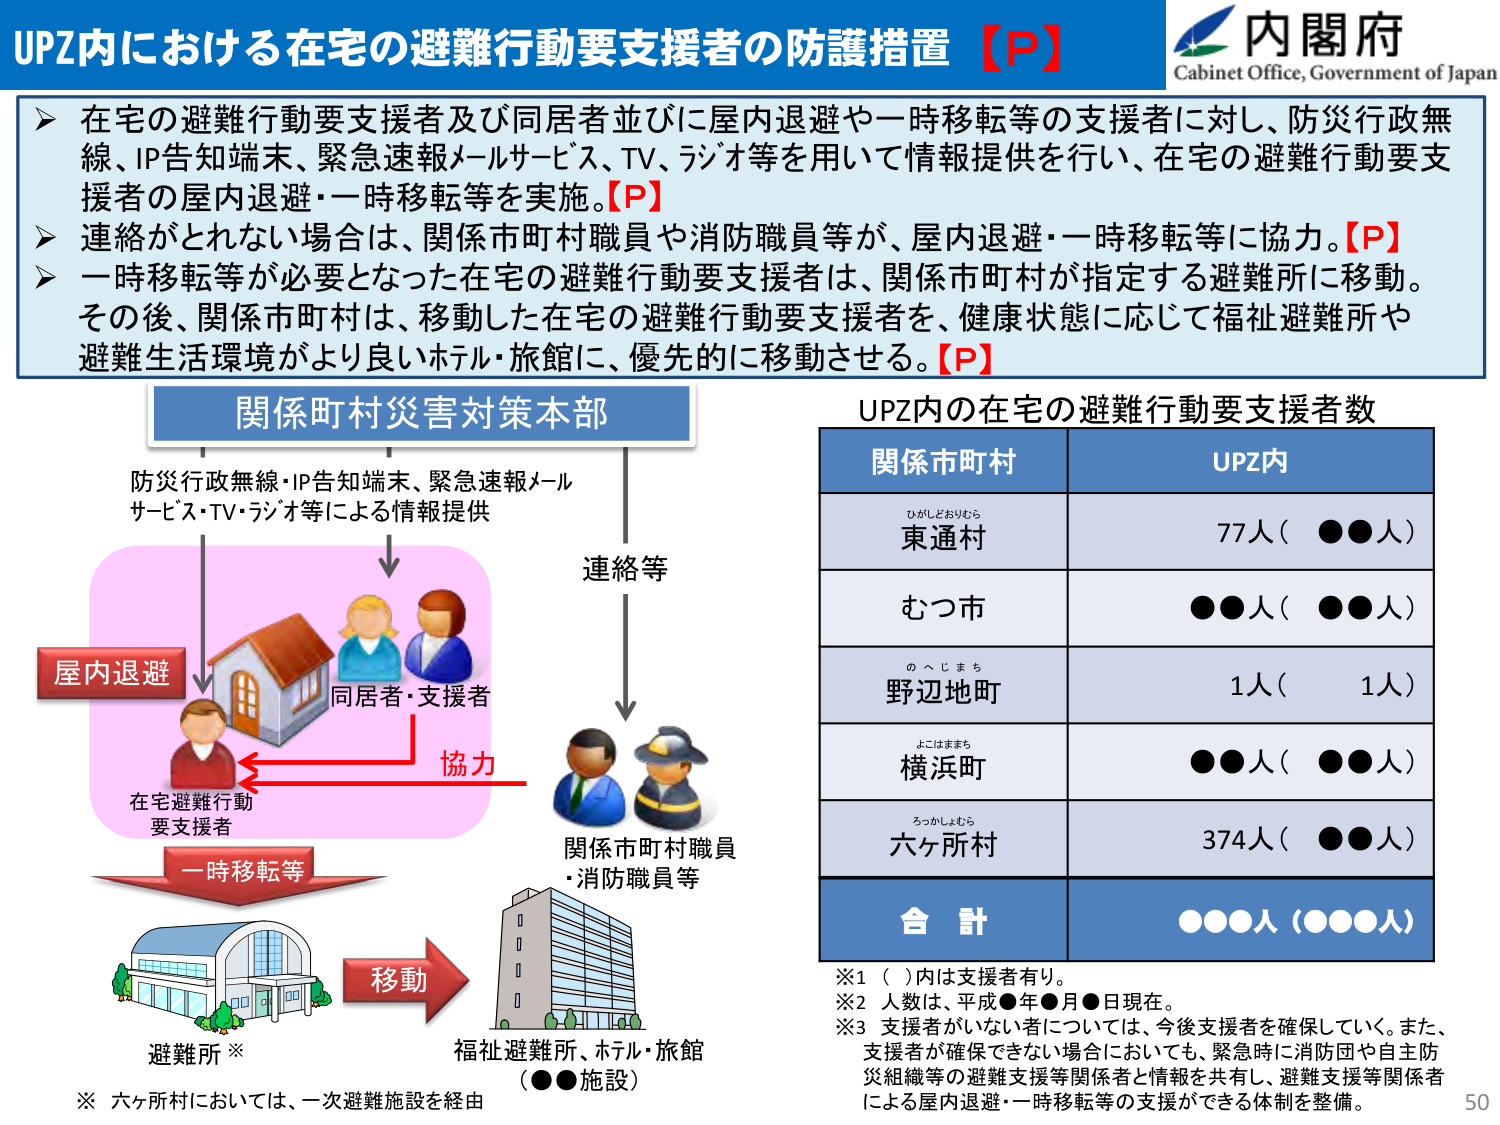
UPZ内における在宅の避難行動要支援者の防護措置【P】
内閣府
Cabinet Office, Government of Japan
在宅の避難行動要支援者及び同居者並びに屋内退避や一時移転等の支援者に対し、防災行政無線、IP告知端末、緊急速報メールサービス、TV、ラジオ等を用いて情報提供を行い、在宅の避難行動要支援者の屋内退避・一時移転等を実施。【P】
連絡がとれない場合は、関係市町村職員や消防職員等が、屋内退避・一時移転等に協力。【P】
一時移転等が必要となった在宅の避難行動要支援者は、関係市町村が指定する避難所に移動。その後、関係市町村は、移動した在宅の避難行動要支援者を、健康状態に応じて福祉避難所や避難生活環境がより良いホテル・旅館に、優先的に移動させる。【P】
関係町村災害対策本部
防災行政無線・IP告知端末、緊急速報メールサービス・TV・ラジオ等による情報提供
連絡等
屋内退避
同居者・支援者
協力
在宅避難行動要支援者
一時移転等
関係市町村職員・消防職員等
移動
避難所※
福祉避難所、ホテル・旅館（●●施設）
※ 六ヶ所村においては、一次避難施設を経由
UPZ内の在宅の避難行動要支援者数
関係市町村
UPZ内
ひがしどおりむら
東通村
77人（●●人）
むつ市
●●人（●●人）
のへしまち
野辺地町
1人（1人）
よこはままち
横浜町
●●人（●●人）
ろっかしあむら
六ヶ所村
374人（●●人）
合計
●●●人（●●●人）
※1 （ ）内は支援者有り。
※2 人数は、平成●年●月●日現在。
※3 支援者がいない者については、今後支援者を確保していく。また、支援者が確保できない場合においても、緊急時に消防団や自主防災組織等の避難支援関係者と情報を共有し、避難支援等関係者による屋内退避・一時移転等の支援ができる体制を整備。
50